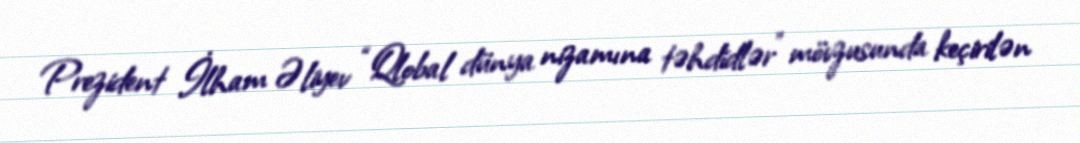
Prezident İlham Əliyev “Qlobal dünya nizamına təhdidlər” mövzusunda keçirilən